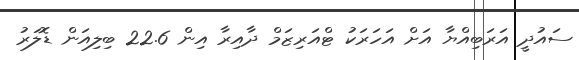
ސައުދީ އަރަބިއްޔާ އަށް އަހަރަކު ޓްއަރިޒަމް ދާއިރާ އިން 22.6 ބިލިއަން ޑޮލަރު